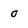
Character: 0